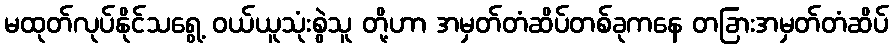
မထုတ်လုပ်နိုင်သရွေ့ ဝယ်ယူသုံးစွဲသူ တို့ဟာ အမှတ်တံဆိပ်တစ်ခုကနေ တခြားအမှတ်တံဆိပ်